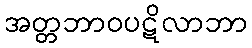
အတ္တဘာဝပဋိလာဘာ